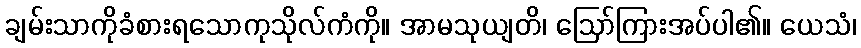
ချမ်းသာကိုခံစားရသောကုသိုလ်ကံကို။ အာမသုယျတိ၊ ဩော်ကြားအပ်ပါ၏။ ယေသံ၊